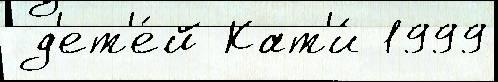
 д'ет'е́й Кат'и́ 1999